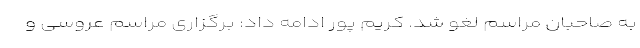
به صاحبان مراسم لغو شد. کریم پور ادامه داد: برگزاری مراسم عروسی و